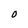
Character: O